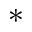
^ *